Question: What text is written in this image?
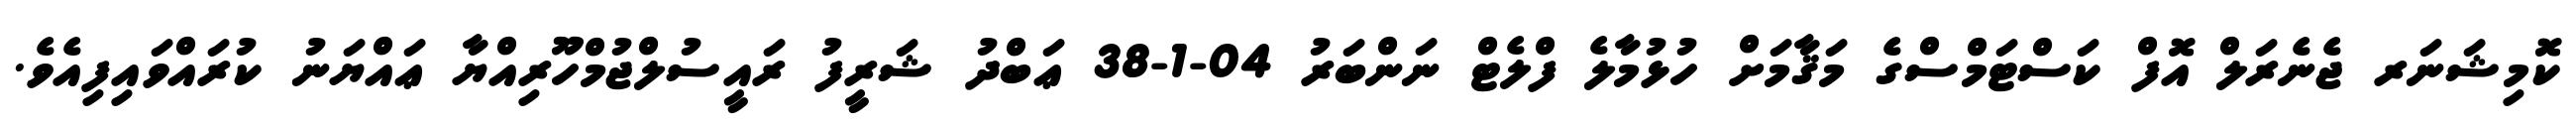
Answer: ކޮމިޝަނަރ ޖެނެރަލް އޮފް ކަސްޓަމްސްގެ މަޤާމަށް ހުޅުމާލެ ފްލެޓް ނަންބަރު 04-1-38 ޢަބްދު ޝަރީފު ރައީސުލްޖުމްހޫރިއްޔާ ޢައްޔަނު ކުރައްވައިފިއެވެ.